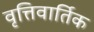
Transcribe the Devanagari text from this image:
वृत्तिवार्तिक